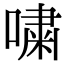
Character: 嘨